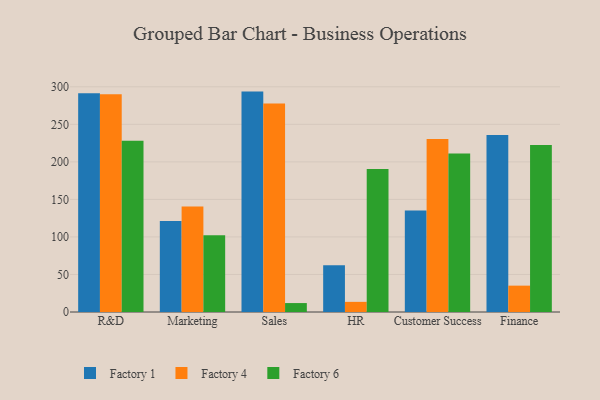
{"axis": {"x": "Department", "y": "Waste Production (Tons)"}, "legend": ["Factory 1", "Factory 4", "Factory 6"], "data": [{"x": "R&D", "y": 291.5, "type": "Factory 1"}, {"x": "R&D", "y": 290.2, "type": "Factory 4"}, {"x": "R&D", "y": 228.0, "type": "Factory 6"}, {"x": "Marketing", "y": 121.2, "type": "Factory 1"}, {"x": "Marketing", "y": 140.7, "type": "Factory 4"}, {"x": "Marketing", "y": 102.4, "type": "Factory 6"}, {"x": "Sales", "y": 293.6, "type": "Factory 1"}, {"x": "Sales", "y": 277.7, "type": "Factory 4"}, {"x": "Sales", "y": 11.9, "type": "Factory 6"}, {"x": "HR", "y": 62.4, "type": "Factory 1"}, {"x": "HR", "y": 13.5, "type": "Factory 4"}, {"x": "HR", "y": 190.4, "type": "Factory 6"}, {"x": "Customer Success", "y": 135.2, "type": "Factory 1"}, {"x": "Customer Success", "y": 230.6, "type": "Factory 4"}, {"x": "Customer Success", "y": 211.0, "type": "Factory 6"}, {"x": "Finance", "y": 235.9, "type": "Factory 1"}, {"x": "Finance", "y": 35.1, "type": "Factory 4"}, {"x": "Finance", "y": 222.5, "type": "Factory 6"}]}